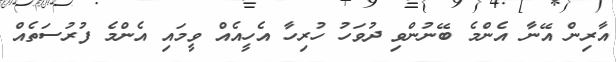
އާރިން އޭނާ އެންމެ ބޭނުންވި ދުވަހު ހުރިހާ އެހީއެއް ވީމައި އެންމެ ފުރުސަތެއް